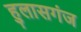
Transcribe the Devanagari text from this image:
हुलासगंज